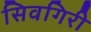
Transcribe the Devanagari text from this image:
सिवगिरी